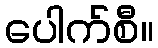
ပေါက်စီ။